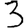
Digit: 3